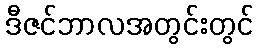
ဒီဇင်ဘာလအတွင်းတွင်